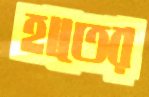
হাতের